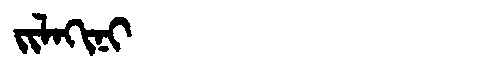
Manchu: ᠵᡳᠯᠠᡴᡳᠨᡳ
Romanization: JILAKINI